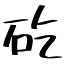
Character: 矻